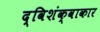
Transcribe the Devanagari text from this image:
द्विशंक्वाकार